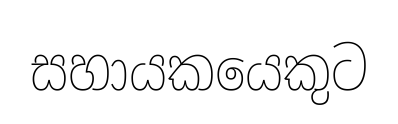
සහායකයෙකුට